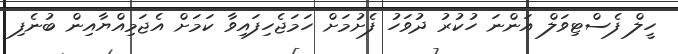
ހީލް ފެސްޓިވަލް އަންނަ ހުކުރު ދުވަހު ފެށުމަށް ހަމަޖެހިފައިވާ ކަމަށް އެޖަމިއްޔާއިން ބުނެފި